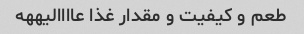
طعم و کیفیت و مقدار غذا عاااالیههه